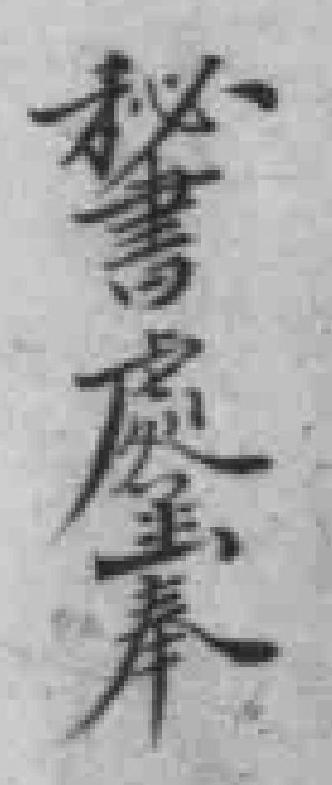
秘書處呈奉